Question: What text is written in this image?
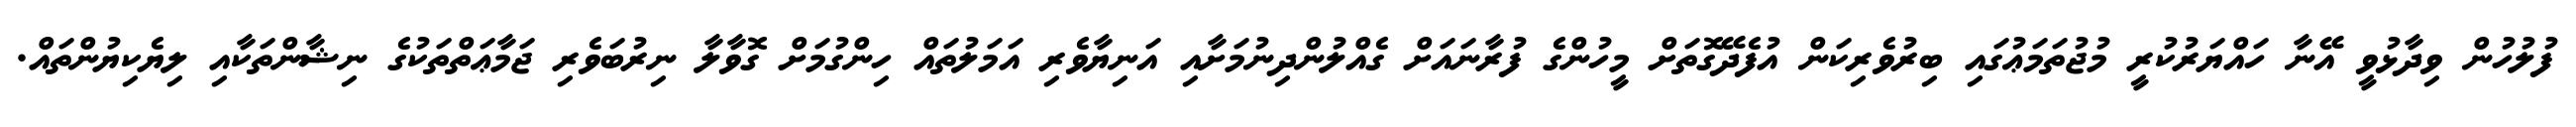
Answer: ފުލުހުން ވިދާޅުވީ އޭނާ ހައްޔަރުކުރީ މުޖުތަމަޢުގައި ބިރުވެރިކަން އުފެދޭގޮތަށް މީހުންގެ ފުރާނައަށް ގެއްލުންދިނުމަށާއި އަނިޔާވެރި އަމަލުތައް ހިންގުމަށް ގޮވާލާ ނިރުބަވެރި ޖަމާޢަތްތަކުގެ ނިޝާންތަކާއި ލިޔެކިޔުންތައް.